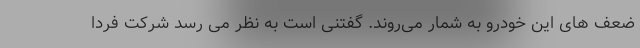
ضعف های این خودرو به شمار می‌روند. گفتنی است به نظر می رسد شرکت فردا